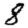
Digit: 8